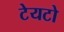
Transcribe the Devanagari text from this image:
टेयटो